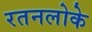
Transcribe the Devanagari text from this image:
रतनलोके